Code of medical and sanitary regulations for the guidance of medical officers serving in the Madras Presidency - Volume I
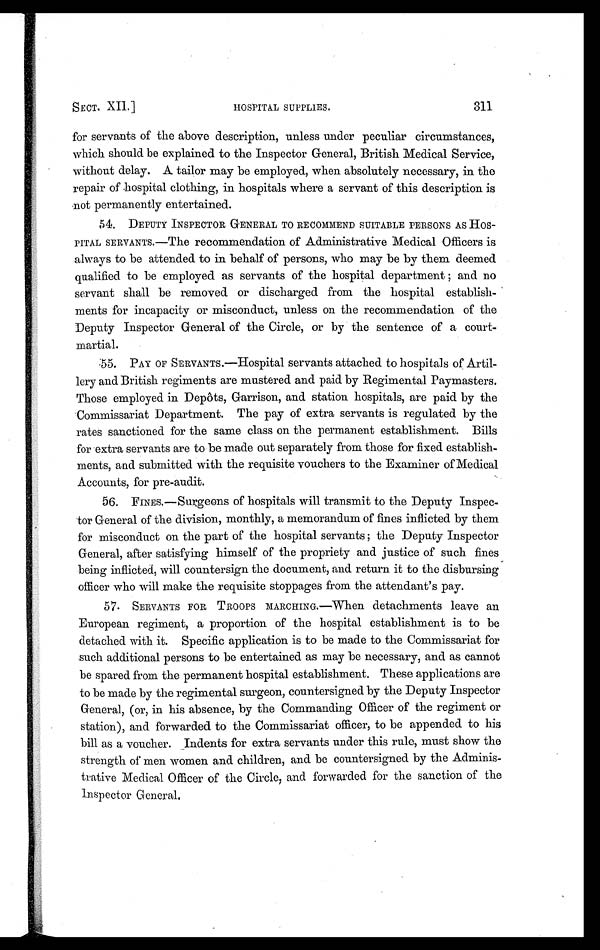
SECT. XII.]
HOSPITAL SUPPLIES.
311
for servants of the above description, unless under peculiar circumstances,
which should be explained to the Inspector General, British Medical Service,
without delay. A tailor may be employed, when absolutely necessary, in the
repair of hospital clothing, in hospitals where a servant of this description is
not permanently entertained.
54. DEPUTY INSPECTOR GENERAL TO RECOMMEND SUITABLE PERSONS AS HOS-
P I T A L S E R V A N T S . — T h e r e c o m m e n d a t i o n o f A d m i n i s t r a t i v e M e d i c a l O f f i c e r s i s
always to be attended to in behalf of persons, who may be by them deemed
qualified to be employed as servants of the hospital department; and no
servant shall be removed or discharged from the hospital establish-
ments for incapacity or misconduct, unless on the recommendation of the
Deputy Inspector General of the Circle, or by the sentence of a court-
martial.
55. PAY OF SERVANTS.—Hospital servants attached to hospitals of Artil-
lery and British regiments are mustered and paid by Regimental Paymasters.
Those employed in Depôts, Garrison, and station hospitals, are paid by the
Commissariat Department. The pay of extra servants is regulated by the
rates sanctioned for the same class on the permanent establishment. Bills
for extra servants are to be made out separately from those for fixed establish-
ments, and submitted with the requisite vouchers to the Examiner of Medical
Accounts, for pre-audit.
56. FINES.—Surgeons of hospitals will transmit to the Deputy Inspec-
tor General of the division, monthly, a memorandum of fines inflicted by them
for misconduct on the part of the hospital servants; the Deputy Inspector
General, after satisfying himself of the propriety and justice of such fines
being inflicted, will countersign the document, and return it to the disbursing
officer who will make the requisite stoppages from the attendant's pay.
57. SERVANTS FOR TROOPS MARCHING.—When detachments leave an
European regiment, a proportion of the hospital establishment is to be
detached with it. Specific application is to be made to the Commissariat for
such additional persons to be entertained as may be necessary, and as cannot
be spared from the permanent hospital establishment. These applications are
to be made by the regimental surgeon, countersigned by the Deputy Inspector
General, (or, in his absence, by the Commanding Officer of the regiment or
station), and forwarded to the Commissariat officer, to be appended to his
bill as a voucher. Indents for extra servants under this rule, must show the
strength of men women and children, and be countersigned by the Adminis-
trative Medical Officer of the Circle, and forwarded for the sanction of the
Inspector General.